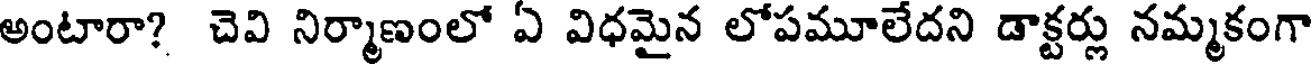
అంటారా? చెవి నిర్మాణంలో ఏ విధమైన లోపమూలేదని డాక్టర్లు నమ్మకంగా